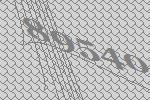
89540